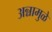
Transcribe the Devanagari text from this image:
अन्नामुळे